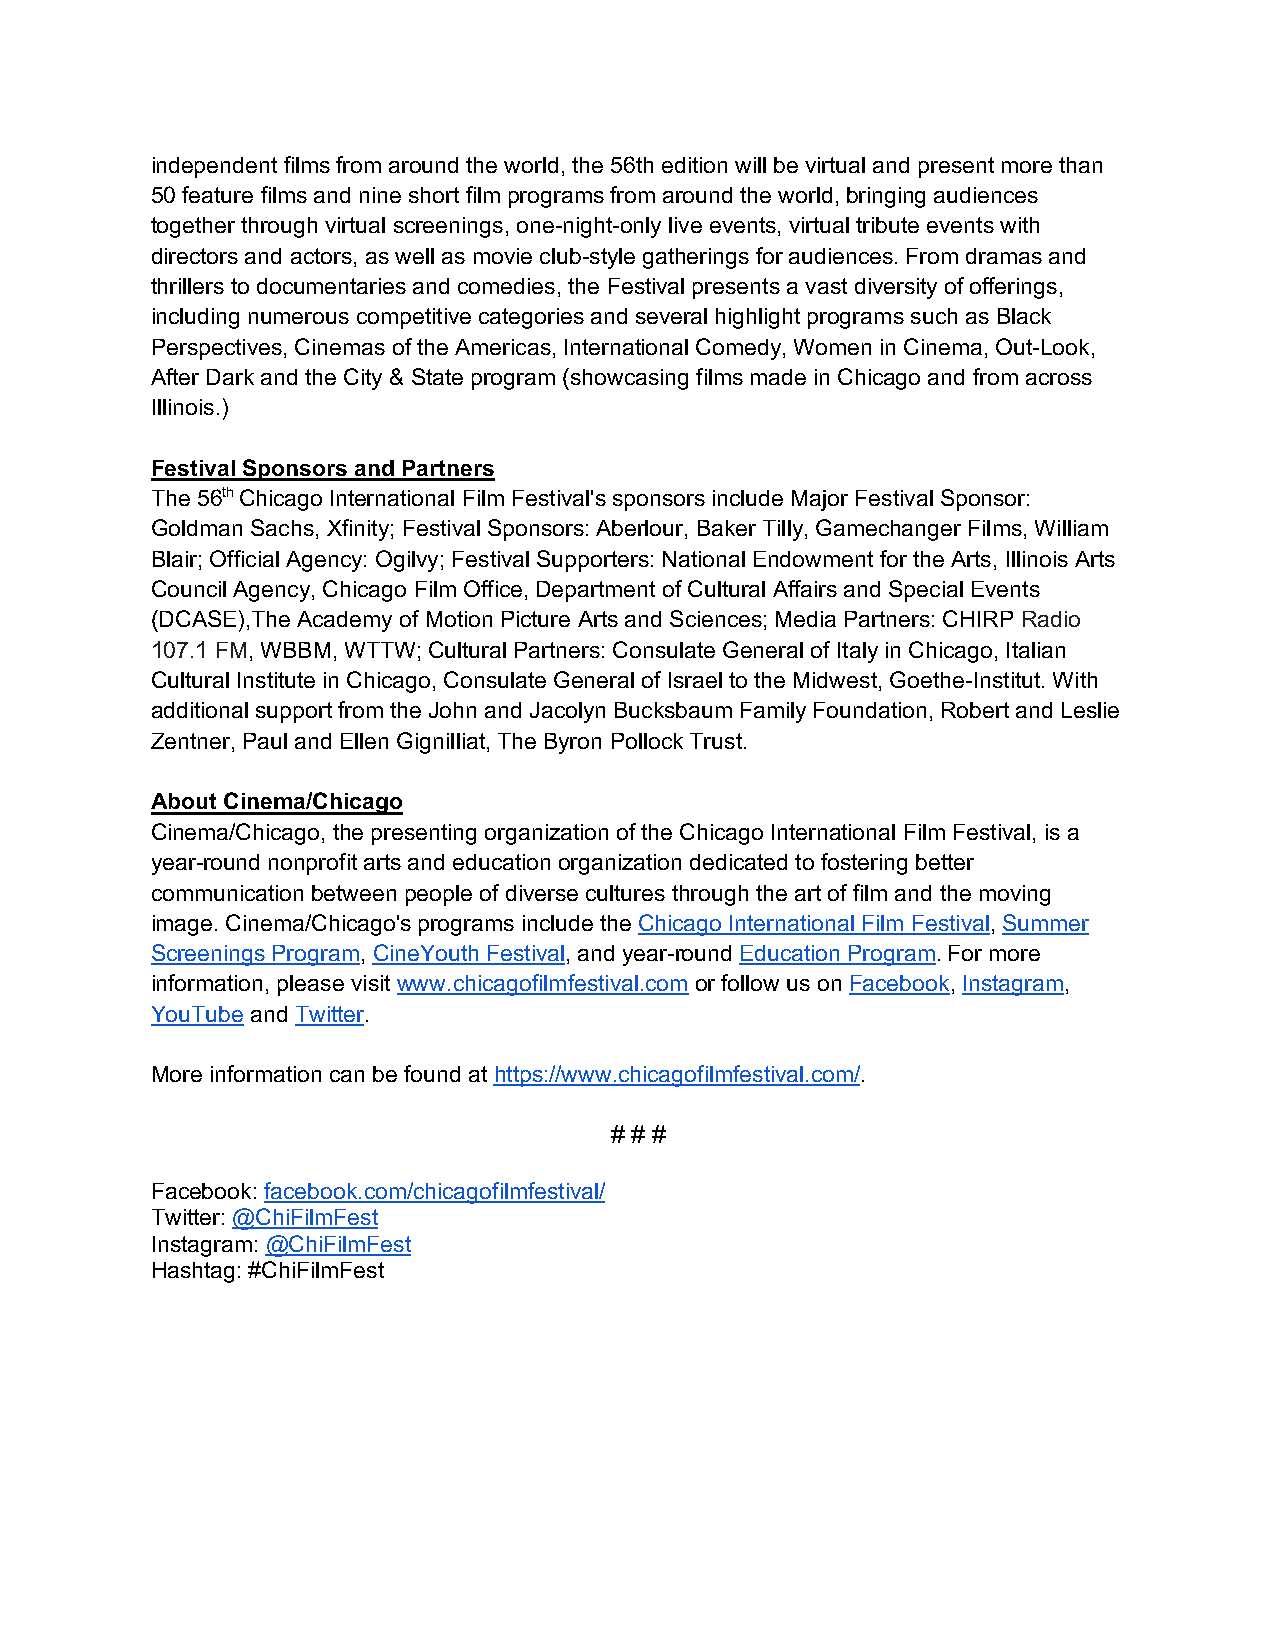
independent films from around the world, the 56th edition will be virtual and present more than
 50 feature films and nine short film programs from around the world, bringing audiences
 together through virtual screenings, one-night-only live events, virtual tribute events with
 directors and actors, as well as movie club-style gatherings for audiences. From dramas and
 thrillers to documentaries and comedies, the Festival presents a vast diversity of offerings,
 including numerous competitive categories and several highlight programs such as Black
 Perspectives, Cinemas of the Americas, International Comedy, Women in Cinema, Out-Look,
 After Dark and the City & State program (showcasing films made in Chicago and from across
 Illinois.)
 Festival Sponsors and Partners
 The 56th Chicago International Film Festival's sponsors include Major Festival Sponsor:
 Goldman Sachs, Xfinity; Festival Sponsors: Aberlour, Baker Tilly, Gamechanger Films, William
 Blair; Official Agency: Ogilvy; Festival Supporters: National Endowment for the Arts, Illinois Arts
 Council Agency, Chicago Film Office, Department of Cultural Affairs and Special Events
 (DCASE),The Academy of Motion Picture Arts and Sciences; Media Partners: CHIRP Radio
 107.1 FM, WBBM, WTTW; Cultural Partners: Consulate General of Italy in Chicago, Italian
 Cultural Institute in Chicago, Consulate General of Israel to the Midwest, Goethe-Institut. With
 additional support from the John and Jacolyn Bucksbaum Family Foundation, Robert and Leslie
 Zentner, Paul and Ellen Gignilliat, The Byron Pollock Trust.
 About Cinema/Chicago
 Cinema/Chicago, the presenting organization of the Chicago International Film Festival, is a
 year-round nonprofit arts and education organization dedicated to fostering better
 communication between people of diverse cultures through the art of film and the moving
 image. Cinema/Chicago's programs include the Chicago International Film Festival, Summer
 Screenings Program, CineYouth Festival, and year-round Education Program. For more
 information, please visit www.chicagofilmfestival.com or follow us on Facebook, Instagram,
 YouTube and Twitter.
 More information can be found at https://www.chicagofilmfestival.com/.
 # # #
 Facebook: facebook.com/chicagofilmfestival/
 Twitter: @ChiFilmFest
 Instagram: @ChiFilmFest
 Hashtag: #ChiFilmFest